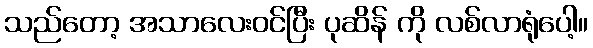
သည်တော့ အသာလေးဝင်ပြီး ပုဆိန် ကို လစ်လာရုံပေါ့။